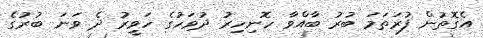
އެގޮތުން ފުރަތަމަ ބުރު ބާއްވާ ހޮނިހިރު ދުވަހުގެ ހަވީރު ދެ ވަނަ ބުރުގެ